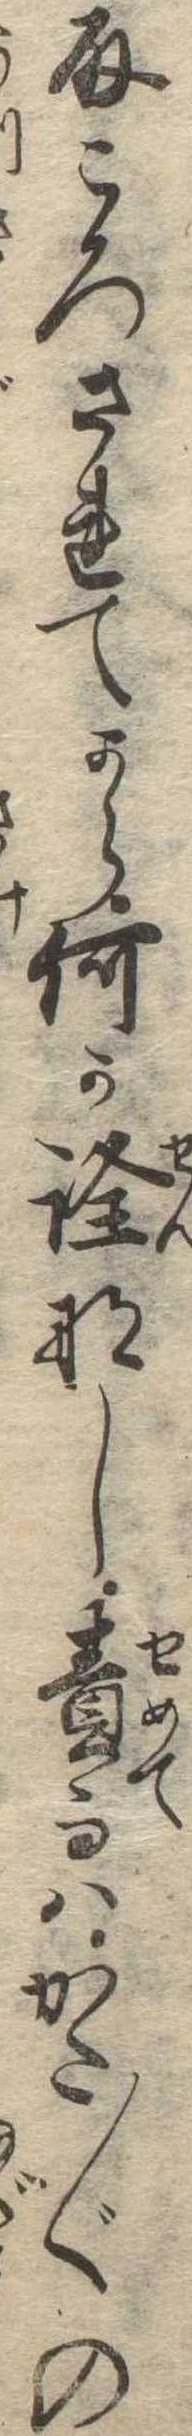
取ころされてから何か詮なし責而はかた〲の